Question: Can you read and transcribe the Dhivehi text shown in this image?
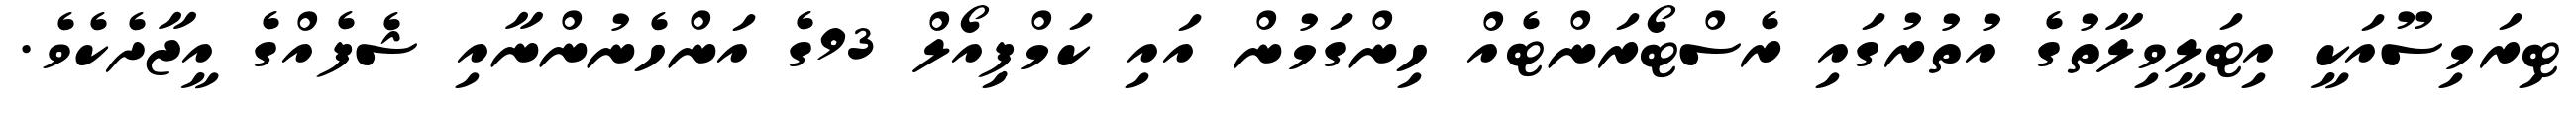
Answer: ޓިރަމިސޫއަކީ އިޓަލީވިލާތުގެ އުތުރުގައި ރެސްޓޯރަންޓެއް ހިންގަމުން އައި ކަމްޕިއޯލް 93ގެ އަންހެނުންނާއި ޝެފެއްގެ އީޖާދެކެވެ.